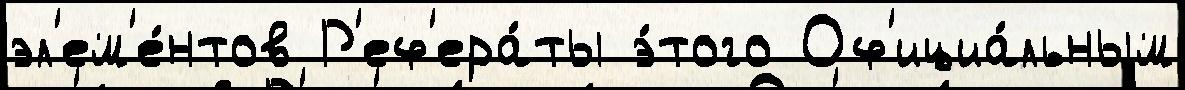
эл'ем'е́нтов Р'еф'ера́ты э́того Оф'ициа́льным